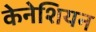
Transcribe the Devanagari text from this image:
केनेशियन